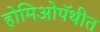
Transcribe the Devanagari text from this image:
होमिओपॅथीत